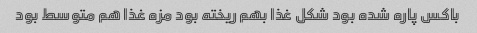
باکس پاره شده بود شکل غذا بهم ریخته بود مزه غذا هم متوسط بود